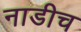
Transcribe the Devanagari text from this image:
नाडीच